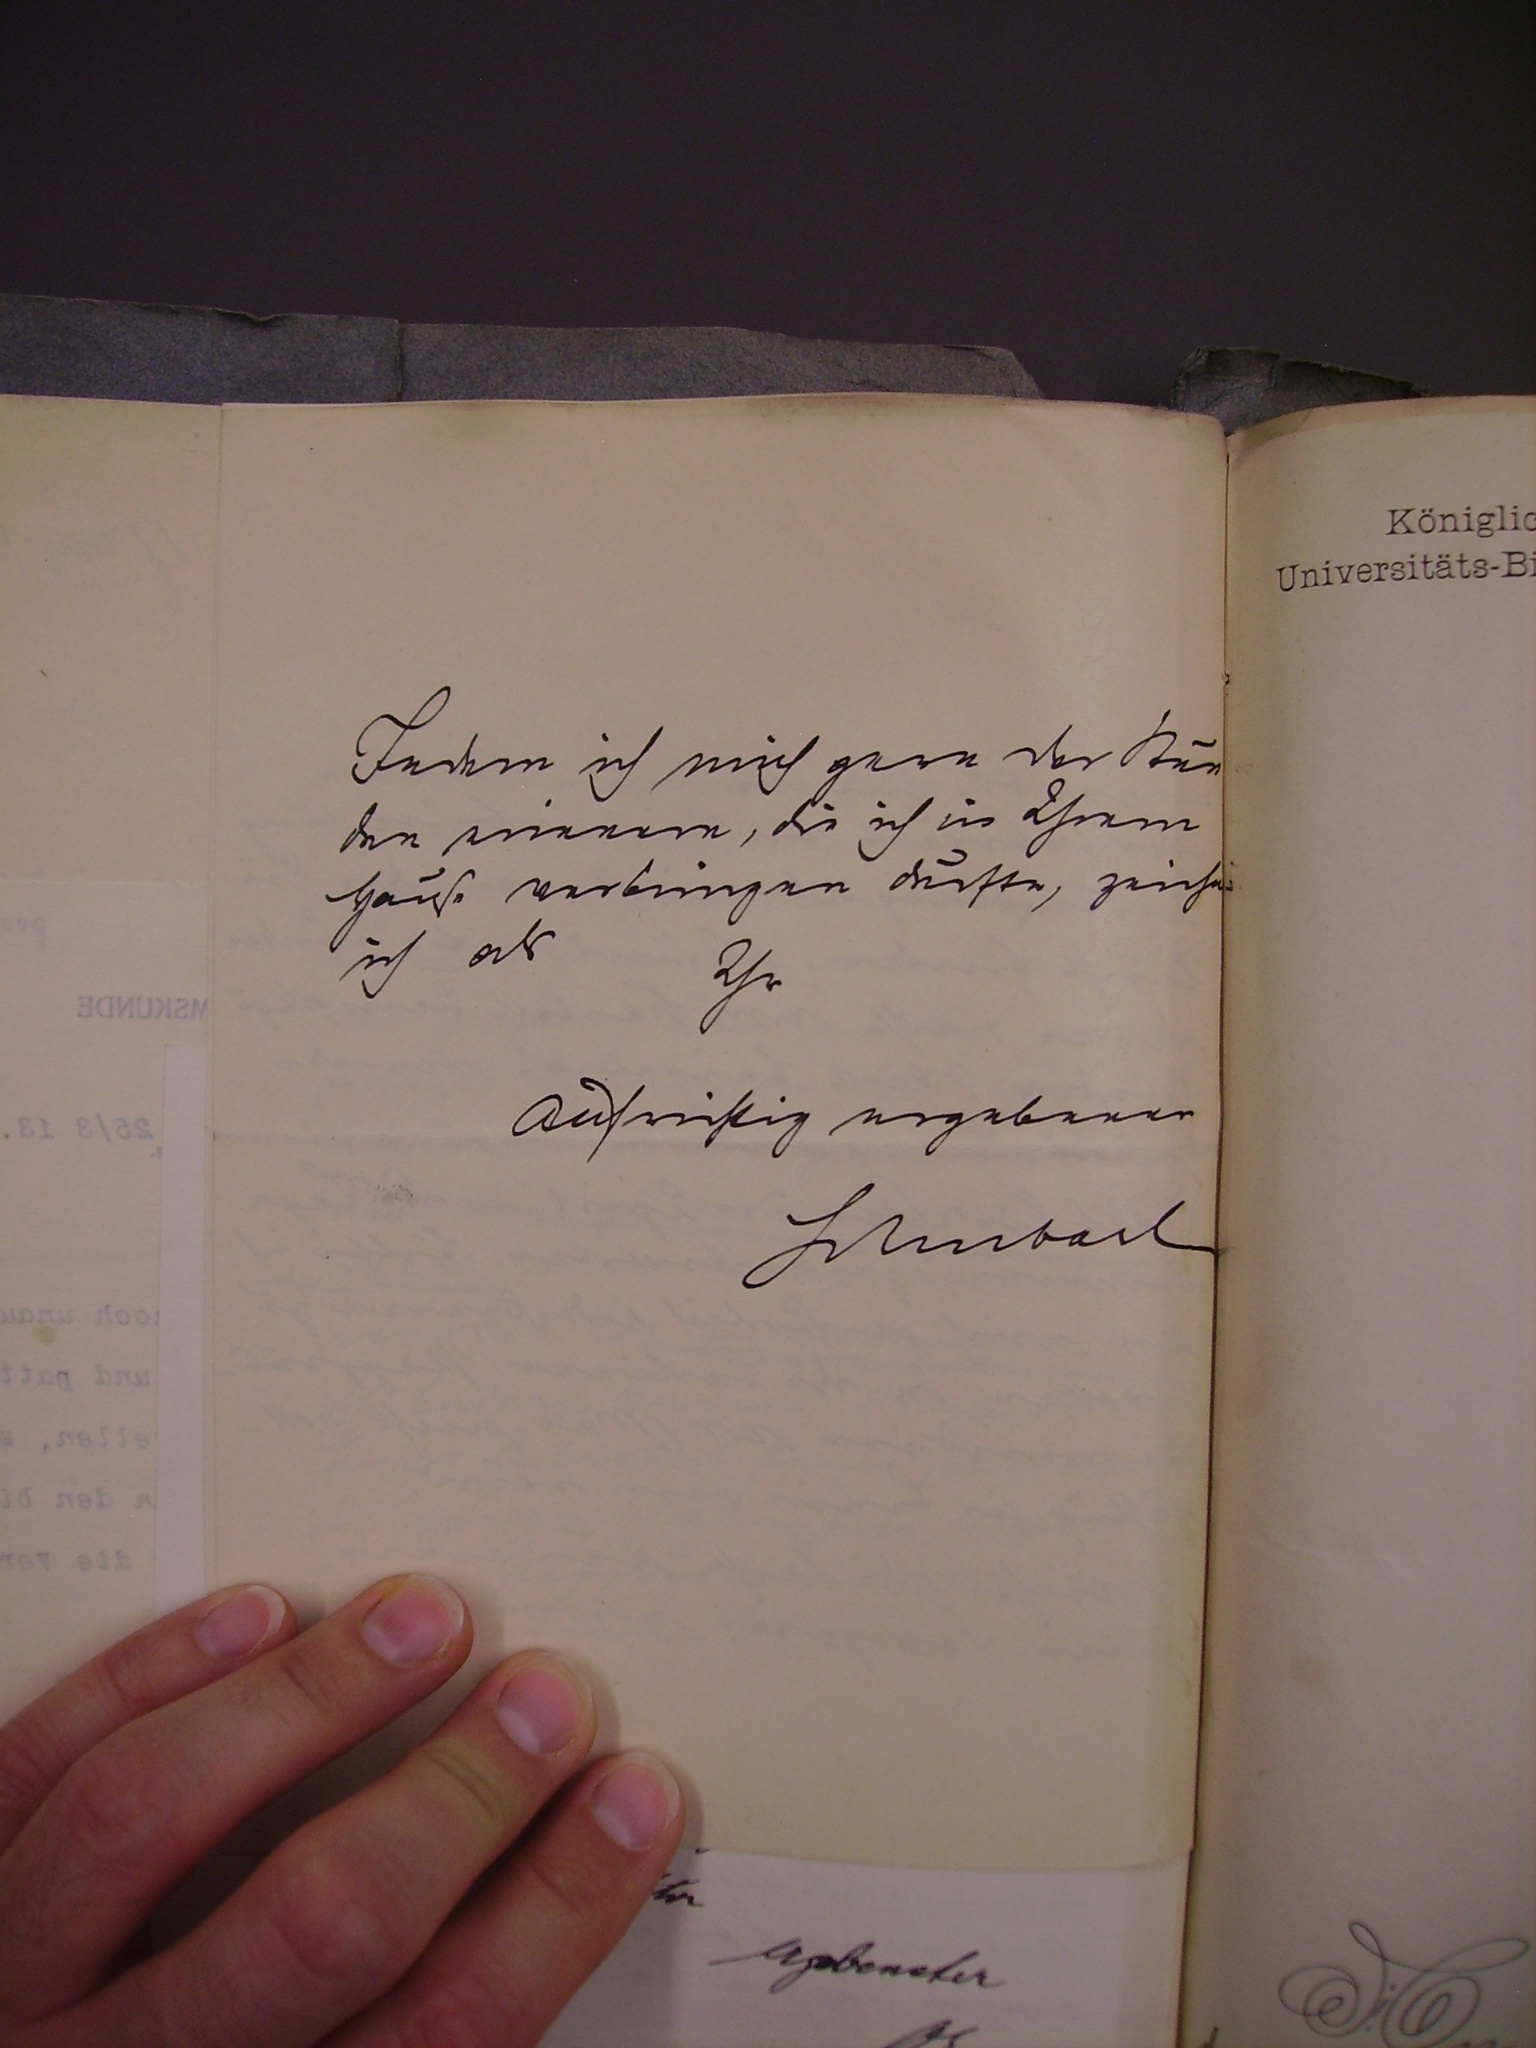
Indem ich mich gern der Stun¬
den erinnere, die ich in Ihrem
Hause verbringen durfte, zeichne
ich als
Ihr
Aufrichtig ergebener
schubart